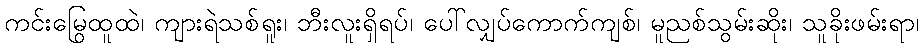
ကင်းမြွေထူထဲ၊ ကျားရဲသစ်ရူး၊ ဘီးလူးရှိရပ်၊ ပေါ်လျှပ်ကောက်ကျစ်၊ မူညစ်သွမ်းဆိုး၊ သူခိုးဖမ်းရာ၊